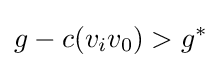
g-c(v_{i}v_{0})>g^{*}